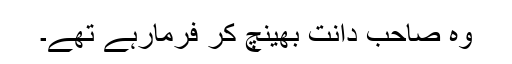
وہ صاحب دانت بھینچ کر فرمارہے تھے۔